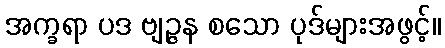
အက္ခရာ ပဒ ဗျဉ္ဇန စသော ပုဒ်များအဖွင့်။